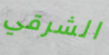
الشرقي